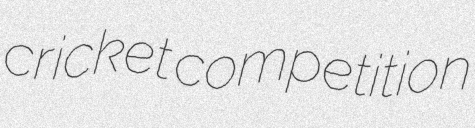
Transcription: cricket competition